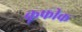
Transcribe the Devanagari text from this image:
कूफीक